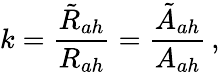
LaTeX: k=\frac{{\tilde{R}}_{ah}}{R_{ah}}=\frac{{\tilde{A}}_{ah}}{A_{ah}}\, ,